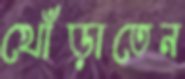
খোঁড়াতেন